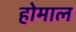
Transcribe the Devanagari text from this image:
होमाल